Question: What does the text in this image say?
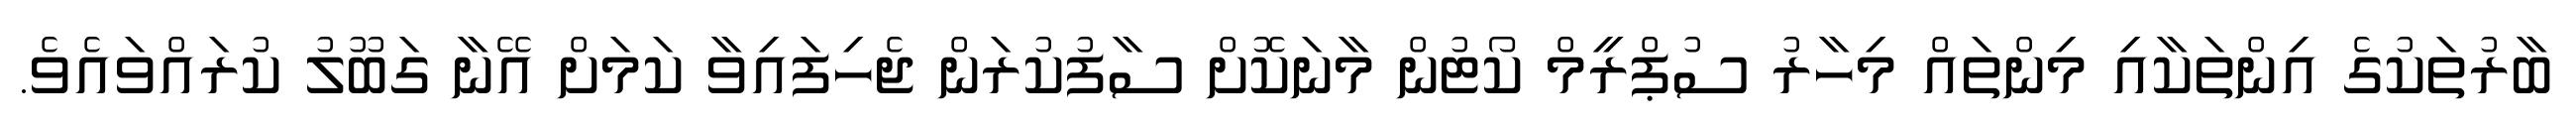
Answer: ބާރުތަކުގެ އިންތަކާއި މިންތައް މިހާރު ސުޕްރީމް ކޯޓުން މާނަކޮށް ސާފުކުރަން ޖެހިފައިވާ ކަމަށް އޭނާ ގަބޫލު ކުރައްވައެވެ.